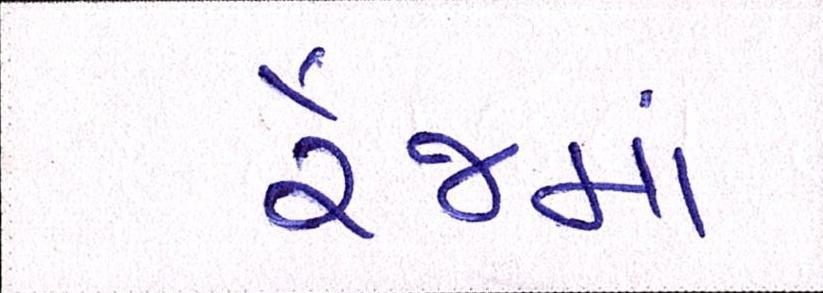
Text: રેંજમાં